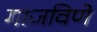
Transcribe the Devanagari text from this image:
गाजविणें